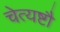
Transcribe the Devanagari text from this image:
चेत्यष्टौ